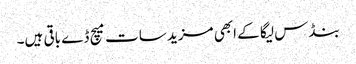
بنڈس لیگا کے ابھی مزید سات میچ ڈے باقی ہیں۔